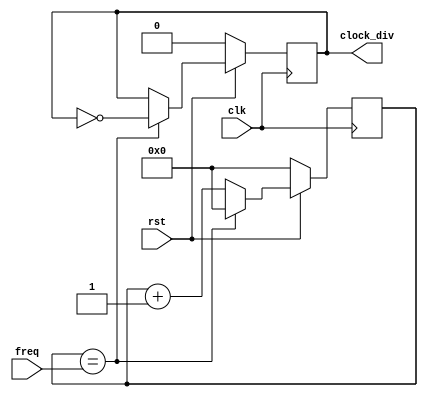
module frequency_divider (
    clk,
    rst,
    freq,
    clock_div
);
    input rst, clk;
    input [31:0] freq;
    output reg clock_div;
    reg [31:0] count;

    always @(posedge clk) begin
        if (!rst) begin
            count <= 32'd0;
            clock_div <= 1'b0;
        end else begin
            if (count == freq) begin
                count <= 32'd0;
                clock_div <= ~clock_div;
            end else begin
                count <= count + 32'd1;
            end
        end
    end
endmodule